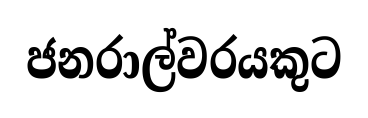
ජනරාල්වරයකුට